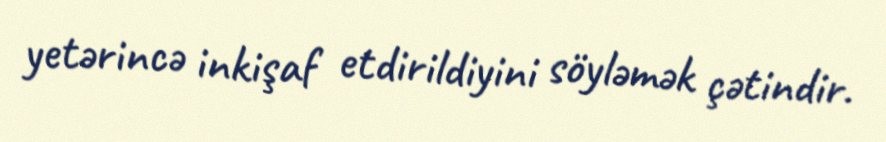
yetərincə inkişaf etdirildiyini söyləmək çətindir.